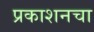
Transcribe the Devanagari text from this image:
प्रकाशनचा